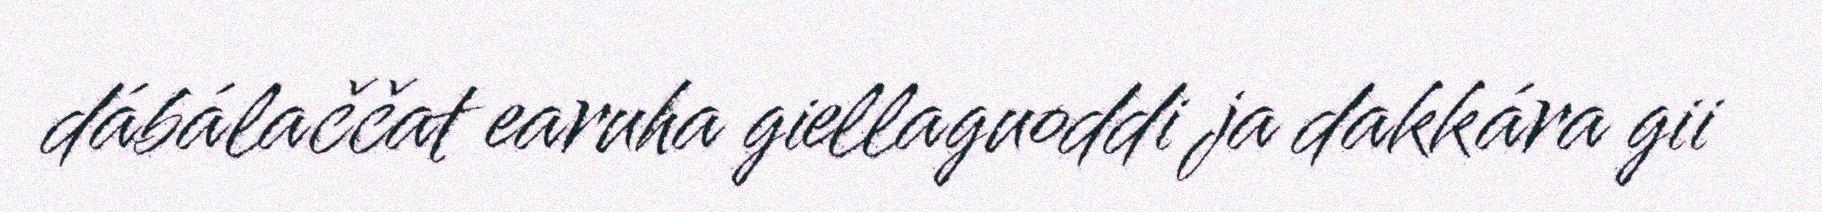
dábálaččat earuha giellaguoddi ja dakkára gii